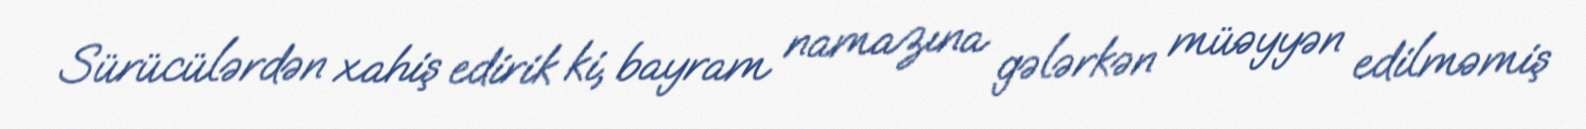
Sürücülərdən xahiş edirik ki, bayram namazına gələrkən müəyyən edilməmiş